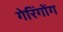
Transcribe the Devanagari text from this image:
गेरिंगोंग